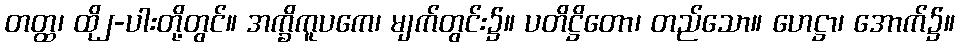
တတ္ထ၊ ထို၂-ပါးတို့တွင်။ အက္ခိကူပကေ၊ မျက်တွင်း၌။ ပတိဋ္ဌိတော၊ တည်သော။ ဟေဋ္ဌာ၊ အောက်၌။